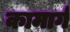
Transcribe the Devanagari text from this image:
कामार्ग